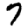
Digit: 7